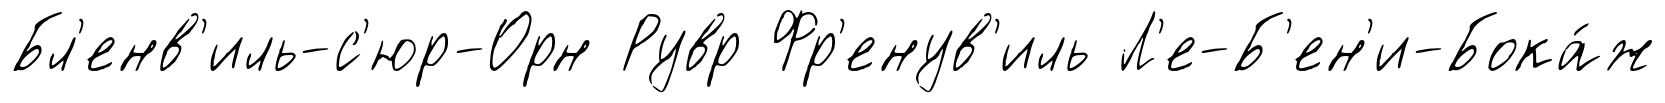
Бл'енв'иль-с'юр-Орн Рувр Фр'енув'иль Л'е-Б'ен'и-Бока́ж